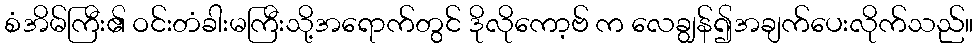
စံအိမ်ကြီး၏ ဝင်းတံခါးမကြီးသို့အရောက်တွင် ဒိုလိုကော့ဗ် က လေချွန်၍အချက်ပေးလိုက်သည်။